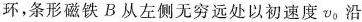
环,条形磁铁 B从左侧无穷远处以初速度\nu_{0}沿